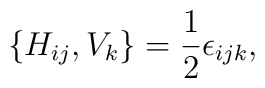
\{ H_{ij},V_k \} = \frac{1}{2} \epsilon_{ijk},